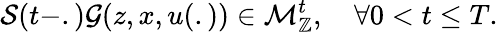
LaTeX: \mathcal{S}(t-.)\mathcal{G}(z,x,u(.))\in\mathcal{M}_{\mathbb{Z}}^{t},\quad\forall 0<t\leq T.